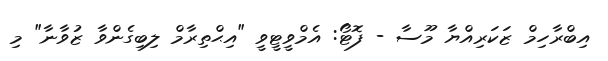
އިބްރާހިމް ޒަކަރިއްޔާ މޫސާ - ފޮޓޯ: އެމްވީޓީވީ "އިޙްތިރާމް ލިބިގެންވާ ޒުވާނާ" މި